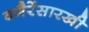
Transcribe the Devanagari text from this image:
वगैरेंसारखी